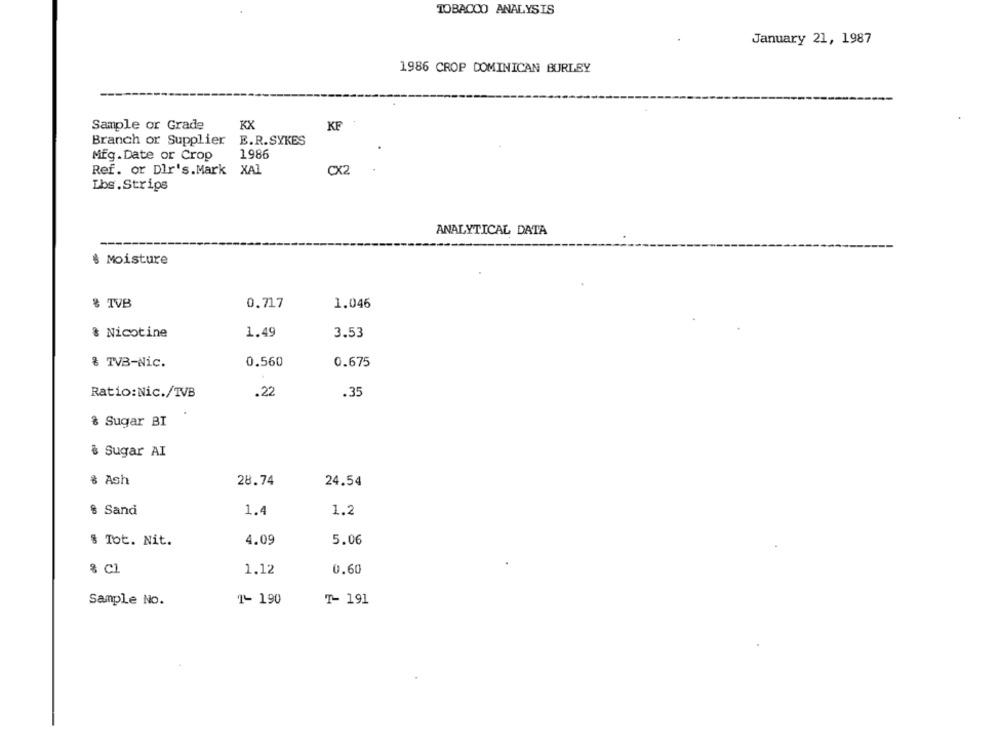
TOBACCO ANALYSIS
January 21, 1987
1986 CROP DOMINICAN BURLEY
Sample or Grade
KX
KF
Branch or Supplier
E.R.SYKES
Mfg.Date or Crop
1986
Ref. or Dlr's.Mark XAL
CX2
Lbs.Strips
ANALYTICAL DATA
& Moisture
& TVB
0.717
1.046
& Nicotine
1.49
3.53
& TVB-Nic.
0.560
0.675
.22
Ratio:Nic./TVB
.35
% Sugar BI
& Sugar AI
& Ash
28.74
24.54
8 Sand
1.2
1.4
4.09
5.06
& Tot. Nit.
8 Cl
0.60
1.12
1- 190
T- 191
Sample No.